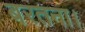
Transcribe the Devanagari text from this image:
बरतना।